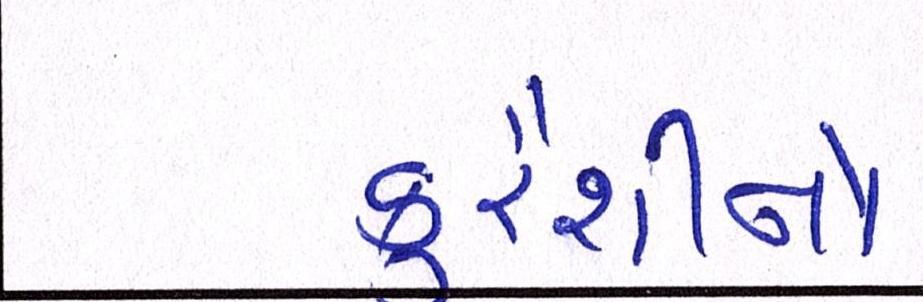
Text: કુરૈશીનો